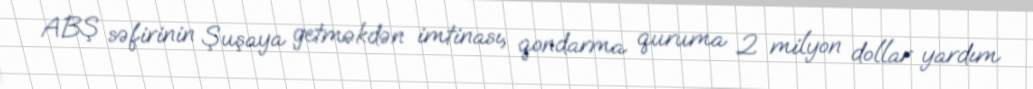
ABŞ səfirinin Şuşaya getməkdən imtinası, qondarma quruma 2 milyon dollar yardım